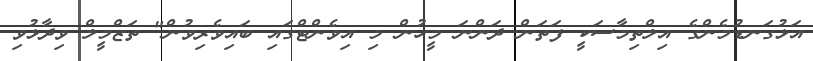
އަޅުގަނޑުމެންގެ އިލްތިމާސަކީ ފަތަން ދަންނަ މީހުން މި އިވެންޓްގައި ބައިވެރިވުން" ތަޒްމީލް ވިދާޅުވި